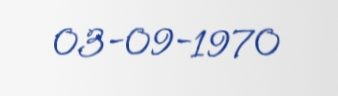
03-09-1970